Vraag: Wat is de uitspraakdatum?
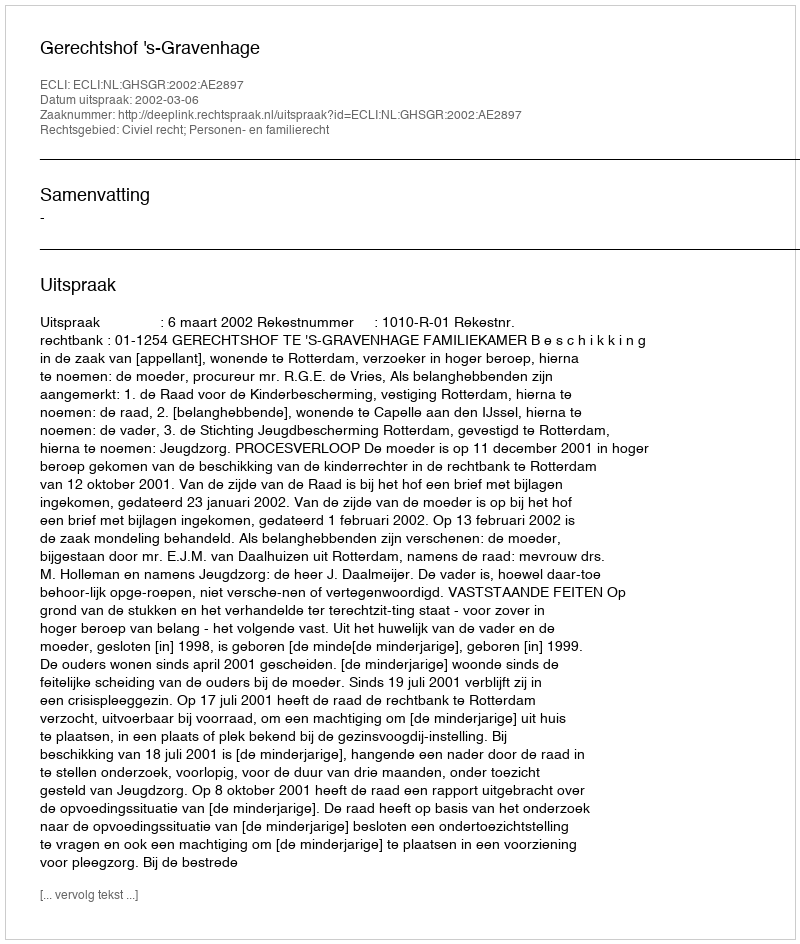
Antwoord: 2002-03-06